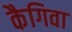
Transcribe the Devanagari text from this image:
कैगिवा